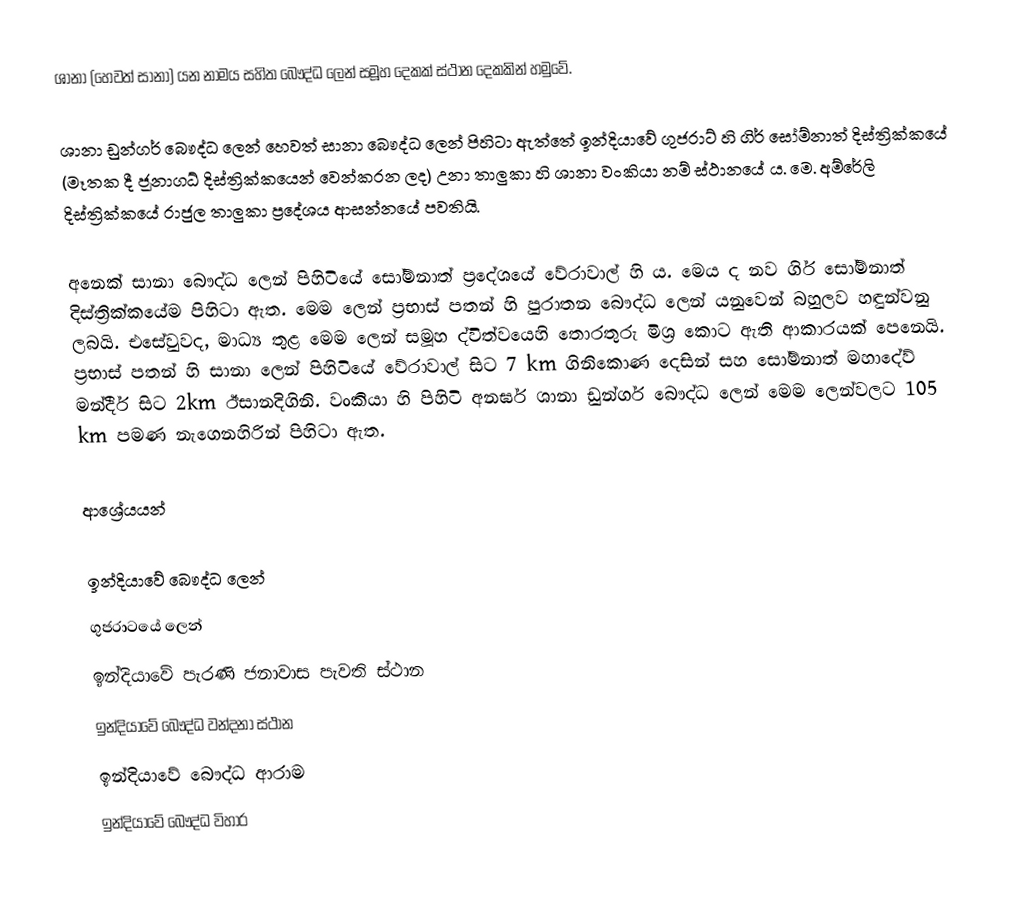
ශානා (හෙවත් සානා) යන නාමය සහිත බෞද්ධ ලෙන් සමූහ දෙකක් ස්ථාන දෙකකින් හමුවේ.

ශානා ඩුන්ගර් බෞද්ධ ලෙන් හෙවත් සානා බෞද්ධ ලෙන් පිහිටා ඇත්තේ ඉන්දියාවේ ගුජරාට් හි ගිර් සෝම්නාත් දිස්ත්‍රික්කයේ (මෑතක දී ජූනාගධ් දිස්ත්‍රික්කයෙන් වෙන්කරන ලද) උනා තාලුකා හි ශානා වංකියා නම් ස්ථානයේ ය. මෙ. අම්රේලි දිස්ත්‍රික්කයේ රාජුල තාලුකා ප්‍රදේශය ආසන්නයේ පවතියි.

අනෙක් සානා බෞද්ධ ලෙන් පිහිටියේ සෝම්නාත් ප්‍රදේශයේ වේරාවාල් හි ය. මෙය ද නව ගිර් සෝම්නාත් දිස්ත්‍රික්කයේම පිහිටා ඇත. මෙම ලෙන් ප්‍රභාස් පතන් හි පුරාතන බෞද්ධ ලෙන් යනුවෙන් බහුලව හඳුන්වනු ලබයි. එසේවුවද, මාධ්‍ය තුළ මෙම ලෙන් සමූහ ද්විත්වයෙහි තොරතුරු මිශ්‍ර කොට ඇති ආකාරයක් පෙනෙයි. ප්‍රභාස් පතන් හි සානා ලෙන් පිහිටියේ වේරාවාල් සිට 7 km ගිනිකොණ දෙසින් සහ සෝම්නාත් මහාදේව් මන්දීර් සිට 2km ඊසානදිගිනි. වංකියා හි පිහිටි අනර්ඝ ශානා ඩුන්ගර් බෞද්ධ ලෙන් මෙම ලෙන්වලට 105 km පමණ නැගෙනහිරින් පිහිටා ඇත.

ආශ්‍රේයයන්

ඉන්දියාවේ බෞද්ධ ලෙන්
ගුජරාටයේ ලෙන්
ඉන්දියාවේ පැරණි ජනාවාස පැවති ස්ථාන
ඉන්දියාවේ බෞද්ධ වන්දනා ස්ථාන
ඉන්දියාවේ බෞද්ධ ආරාම
ඉන්දියාවේ බෞද්ධ විහාර